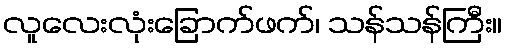
လူလေးလုံးခြောက်ဖက်၊ သန်သန်ကြီး။